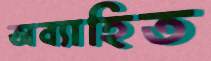
অব্যাহিত